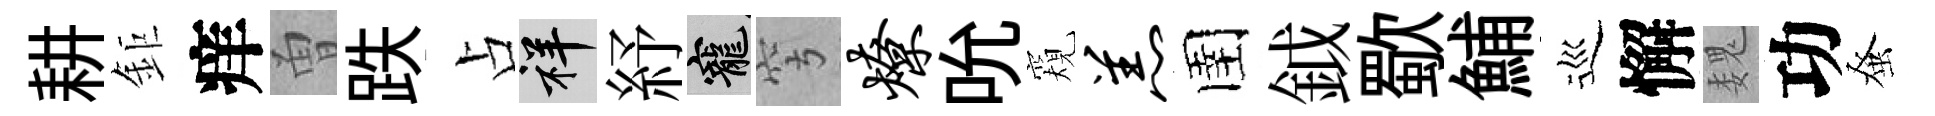
耕鉅痒曽跌占祥紓寵穹燎吮窺羔圉鉞歜鯆巡懈魏功𫊫